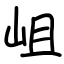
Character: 岨